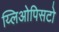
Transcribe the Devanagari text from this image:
य्लिओपिसटो